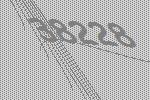
38228